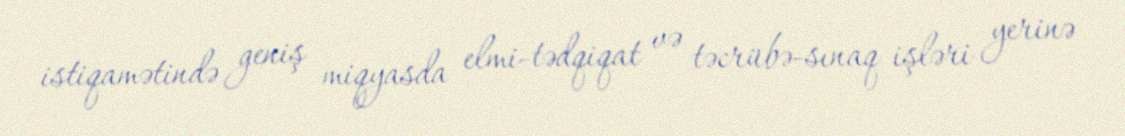
istiqamətində geniş miqyasda elmi-tədqiqat və təcrübə-sınaq işləri yerinə